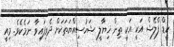
ކީޑް ފްލޭޝް އަކީ އަކީ ތިން ޚިޔާލީ ޝަހުސިއްޔަތަކަށް ދެވިފައިވާ ނަމެކެވެ. މިއީ